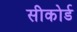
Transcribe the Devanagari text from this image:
सीकोर्ड